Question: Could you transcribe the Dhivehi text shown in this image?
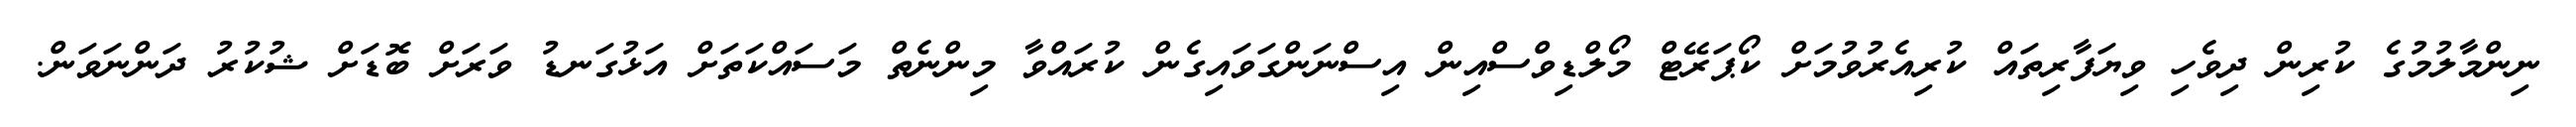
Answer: ނިންމާލުމުގެ ކުރިން ދިވެހި ވިޔަފާރިތައް ކުރިއެރުވުމަށް ކޯޕަރޭޓް މޯލްޑިވްސްއިން އިސްނަންގަވައިގެން ކުރައްވާ މިންނެތް މަސައްކަތަށް އަޅުގަނޑު ވަރަށް ބޮޑަށް ޝުކުރު ދަންނަވަން.